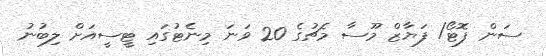
ސަން ފޮޓޯ/ ފަޔާޒް މޫސާ މެޗުގެ 20 ވަނަ މިނެޓުގައި ޓީސީއަށް ލިބުނު